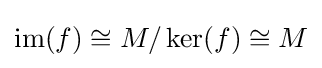
\mathrm {im} (f)\cong M/\ker(f)\cong M